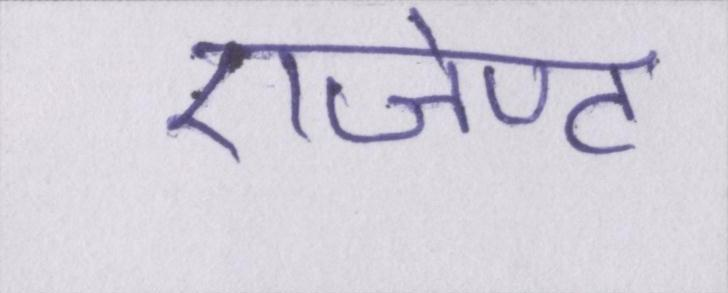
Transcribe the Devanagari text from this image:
एजेण्ट